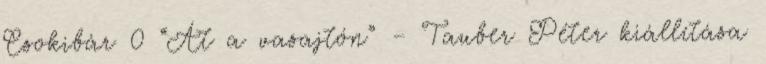
Csokibár 0 “Át a vasajtón” – Tauber Péter kiállítása